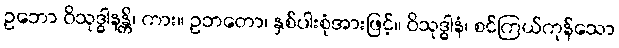
ဥဘော ဝိသုဒ္ဓါနန္တိ၊ ကား။ ဥဘတော၊ နှစ်ပါးစုံအားဖြင့်။ ဝိသုဒ္ဓါနံ၊ စင်ကြယ်ကုန်သော